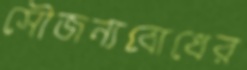
সৌজন্যবোধের